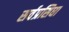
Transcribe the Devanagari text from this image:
सर्वप्रसिधा